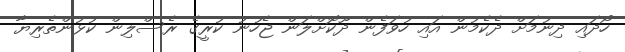
ހޯދައި ދިނުމަށް ދެކެމުން އައި ހުވަފެން ދޫކޮށްލަން ޖެހުނު ކުރީގެ ރެސްލިން ކުޅުންތެރިޔާ